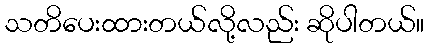
သတိပေးထားတယ်လို့လည်း ဆိုပါတယ်။